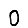
Digit: 0